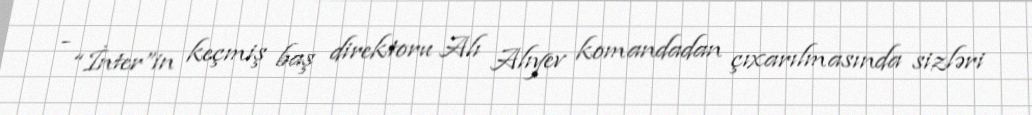
- “İnter”in keçmiş baş direktoru Alı Alıyev komandadan çıxarılmasında sizləri